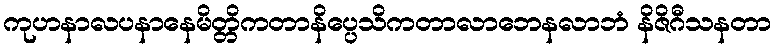
ကုဟနာလပနာနေမိတ္တိကတာနိပ္ပေသိကတာလာဘေနလာဘံ နိဇိဂီသနတာ